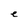
Character: e